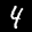
Label: 4